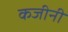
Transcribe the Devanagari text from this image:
कजीनी